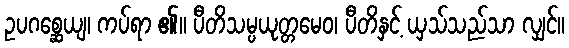
ဥပဂစ္ဆေယျ၊ ကပ်ရာ ၏။ ပီတိသမ္ပယုတ္တမေဝ၊ ပီတိနှင့် ယှသ်သည်သာ လျှင်။